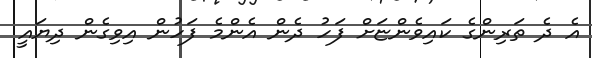
އެ ދެ ތަރިންގެ ކައިވެންޏަށް ފަހު ދެން އެންމެ ފަހުން އިވިގެން ދިޔައީ